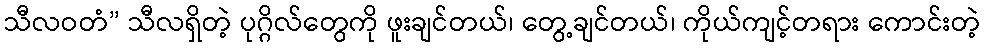
သီလဝတံ” သီလရှိတဲ့ ပုဂ္ဂိလ်တွေကို ဖူးချင်တယ်၊ တွေ့ချင်တယ်၊ ကိုယ်ကျင့်တရား ကောင်းတဲ့